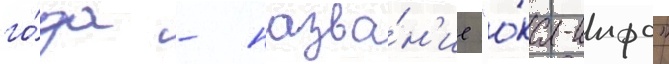
го́да - назва́н'ие "о́ка-инфо"